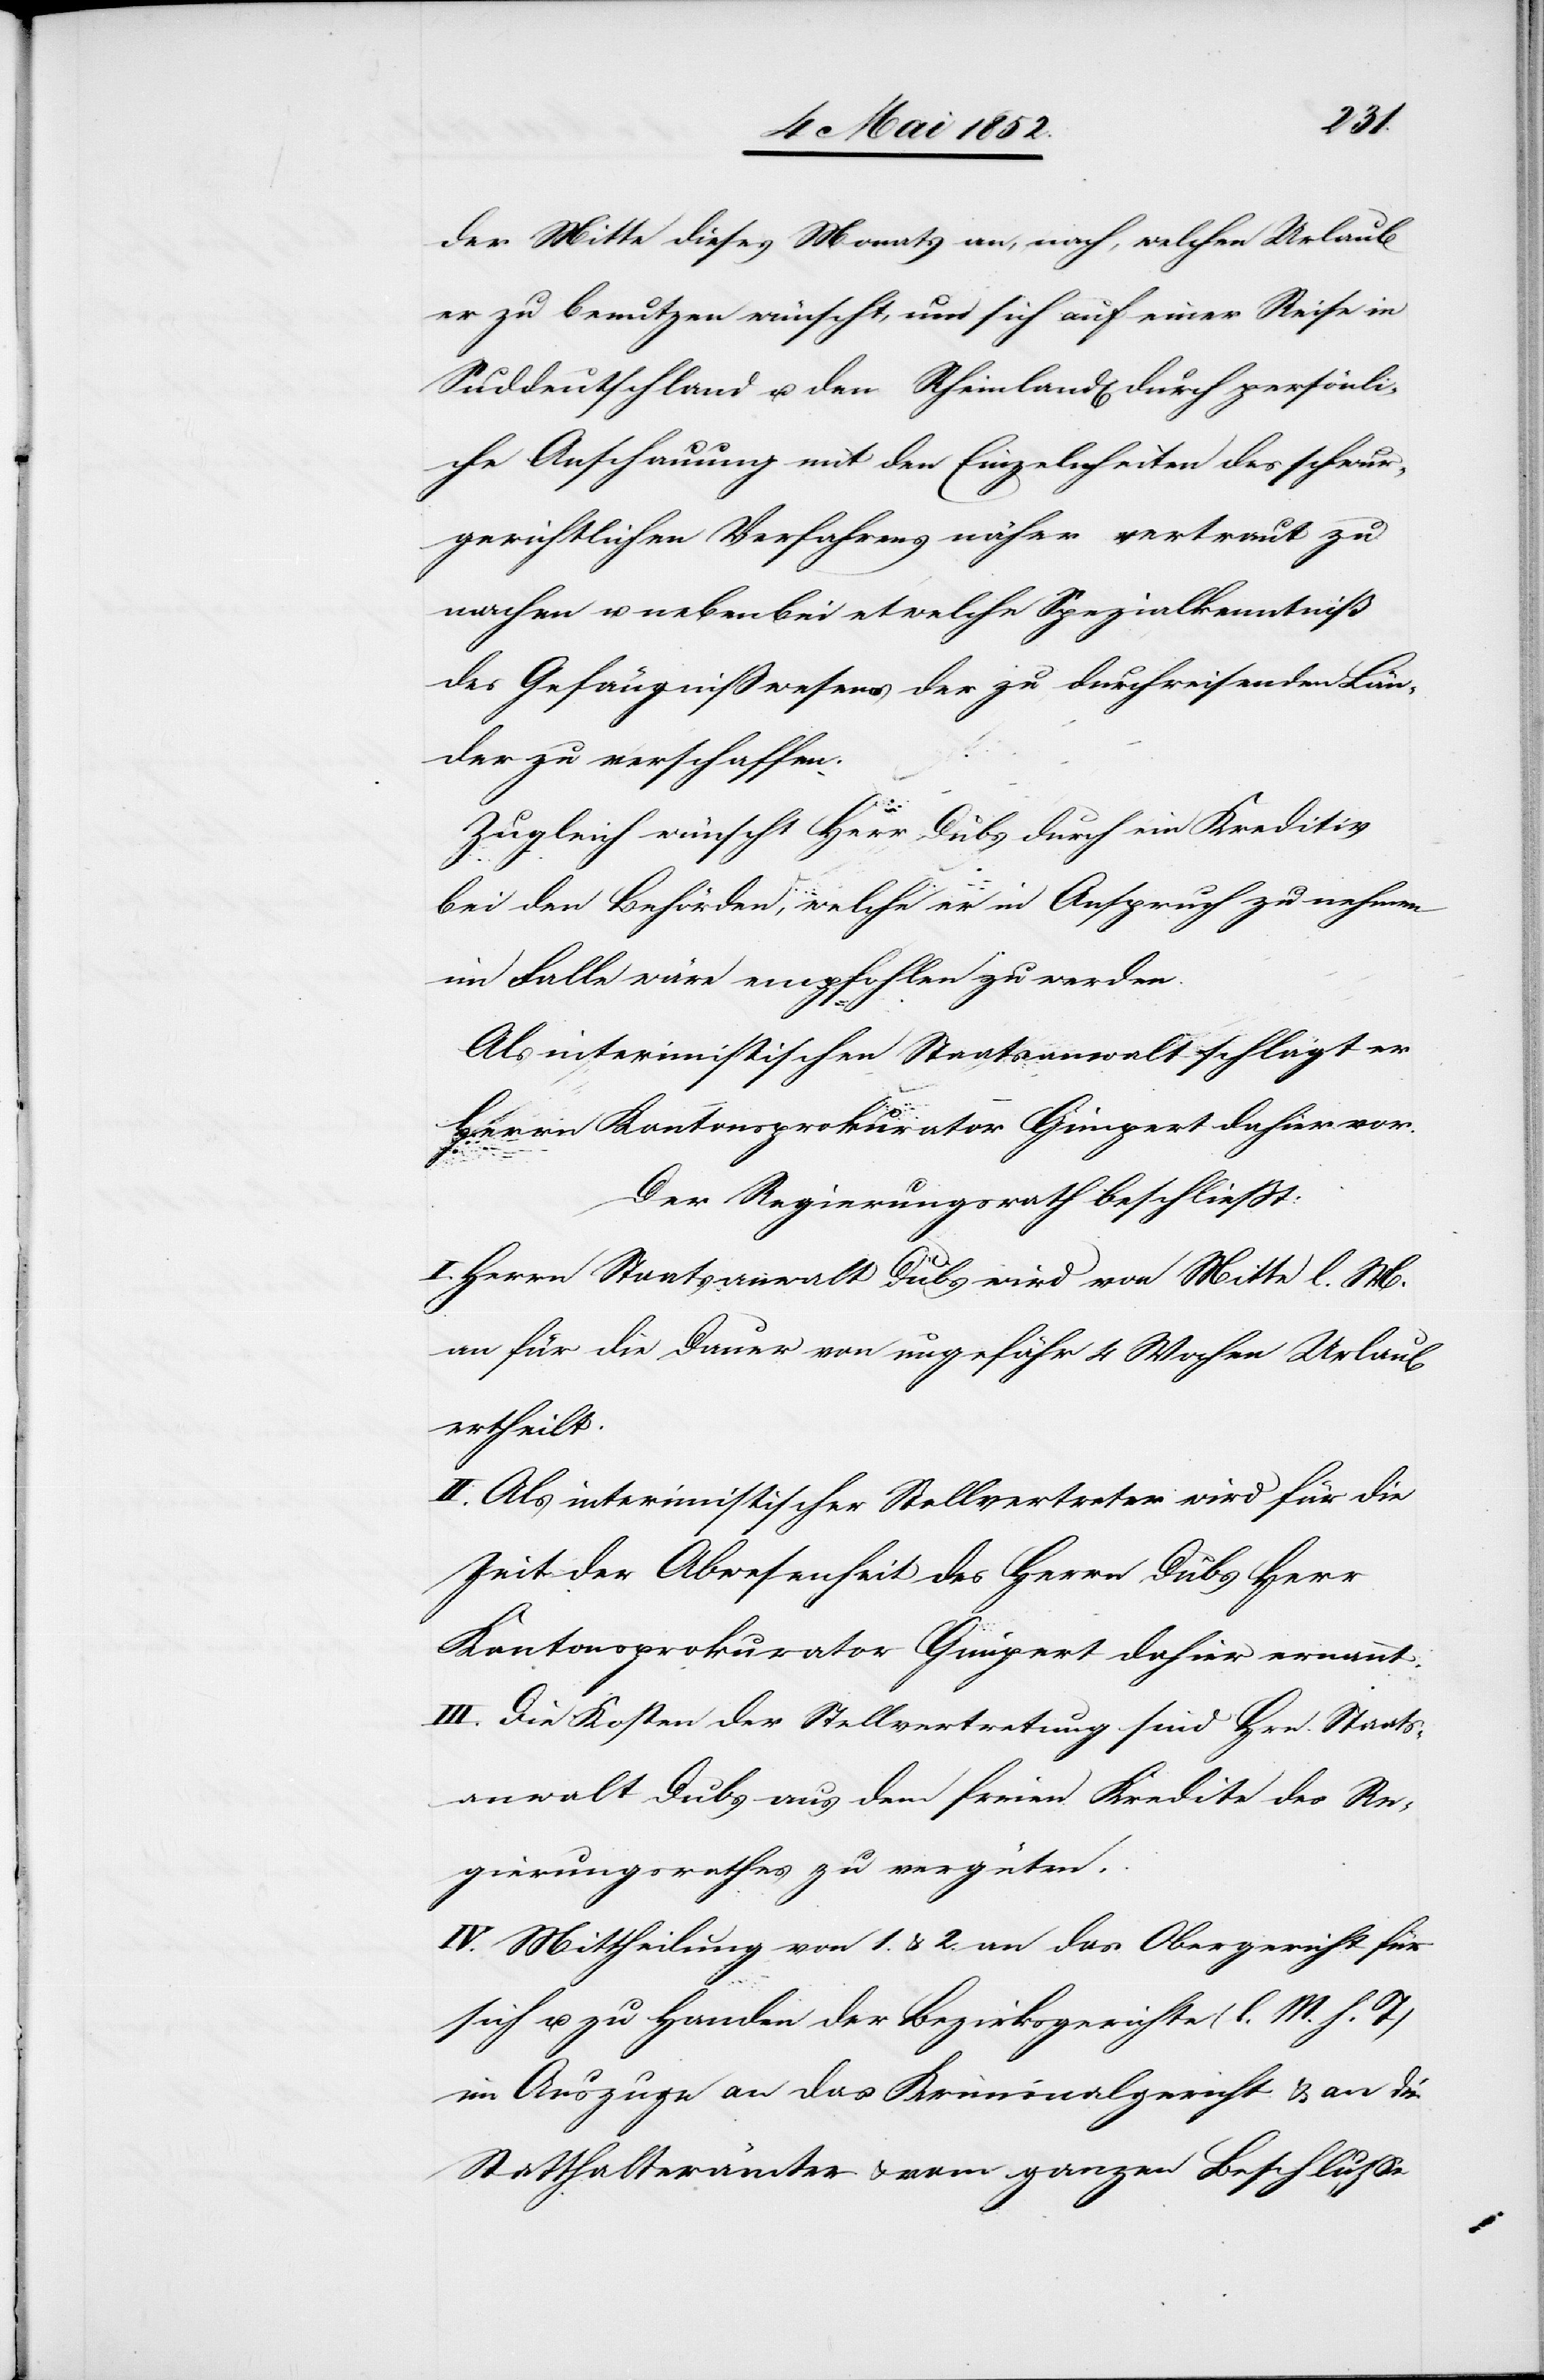
der Mitte dieses Monats an, nach, welchen Urlaub
er zu benutzen wünscht, um sich auf einer Reise in
Suddeutschland [sic!] u. den Rheinland[en] durch persönli¬
che Anschauung mit den Einzelnheiten des schwur¬
gerichtlichen Verfahrens näher vertraut zu
machen u. nebenbei etwelche Spezialkenntniß
des Gefängnisswesens der zu durchreisenden Län¬
der zu verschaffen.
Zugleich wünscht Herr Dubs durch ein Kreditiv
bei den Behörden, welche er in Anspruch zu nehmen
im Falle wäre empfohlen zu werden.
Als interimistischen Staatsanwalt schlägt er
Herrn Kantonsprokurator Gimpert dahier vor.
Der Regierungsrath beschliesst:
I. Herrn Staatsanwalt Dubs wird von Mitte l. M.
an für die Dauer von ungefähr 4 Wochen Urlaub
ertheilt.
II. Als interimistischer Stellvertreter wird für die
Zeit der Abwesenheit des Herrn Dubs Herr
Kantonsprokurator Gimpert dahier ernannt.
III. Die Kosten der Stellvertretung sind Hrn. Staats¬
anwalt Dubs aus dem freien Kredite des Re¬
gierungsrathes zu vergüten.
IV. Mittheilung von 1. & 2. an das Obergericht für
sich u. zu Handen der Bezirksgerichte (l. M. h. T)
im Auszuge an das Kriminalgericht & an die
Statthalterämter & vom ganzen Beschlusse